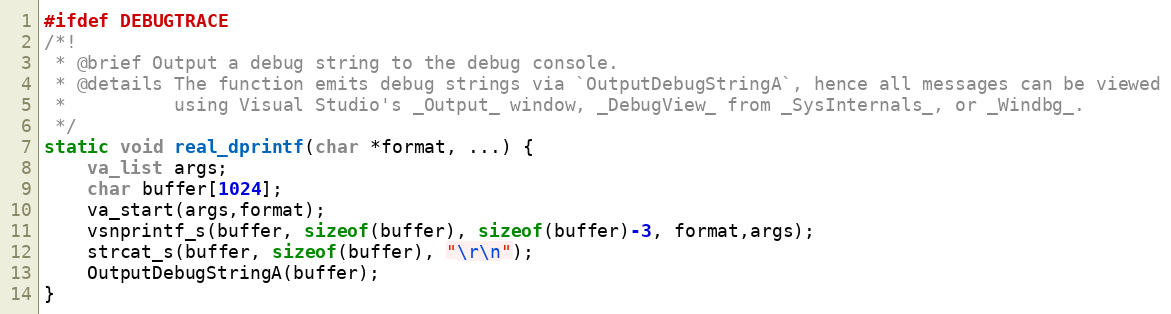
Language: C
#ifdef DEBUGTRACE
/*!
 * @brief Output a debug string to the debug console.
 * @details The function emits debug strings via `OutputDebugStringA`, hence all messages can be viewed
 *          using Visual Studio's _Output_ window, _DebugView_ from _SysInternals_, or _Windbg_.
 */
static void real_dprintf(char *format, ...) {
	va_list args;
	char buffer[1024];
	va_start(args,format);
	vsnprintf_s(buffer, sizeof(buffer), sizeof(buffer)-3, format,args);
	strcat_s(buffer, sizeof(buffer), "\r\n");
	OutputDebugStringA(buffer);
}